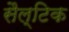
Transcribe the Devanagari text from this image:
सैल्टिक